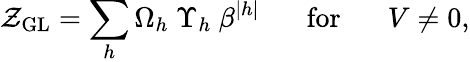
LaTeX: \mathcal{Z}_{\mathrm{{GL}}}=\sum_{h}\Omega_{h}~\Upsilon_{h}~\beta^{|h|}\; \; \; \; \; \; \mathrm{{for}}\; \; \; \; \; \; V\neq0,